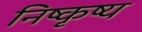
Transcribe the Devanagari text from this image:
निष्कृष्य